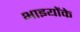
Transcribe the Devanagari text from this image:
भाइयोंके